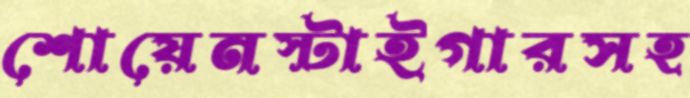
শোয়েনস্টাইগারসহ